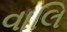
વાલિ